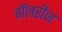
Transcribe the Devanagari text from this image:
गॅलरीज